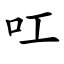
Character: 叿